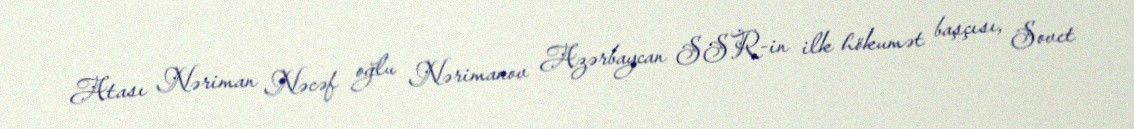
Atası Nəriman Nəcəf oğlu Nərimanov Azərbaycan SSR-in ilk hökumət başçısı, Sovet